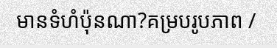
មានទំហំប៉ុនណា?គម្របរូបភាព /